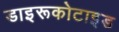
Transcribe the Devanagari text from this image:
डाइरूकोटाइड